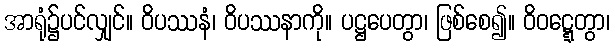
အာရုံ၌ပင်လျှင်။ ဝိပဿနံ၊ ဝိပဿနာကို။ ပဋ္ဌပေတွာ၊ ဖြစ်စေ၍။ ဝိဝဋ္ဋေတွာ၊